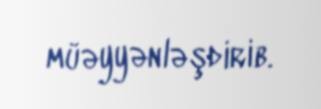
müəyyənləşdirib.